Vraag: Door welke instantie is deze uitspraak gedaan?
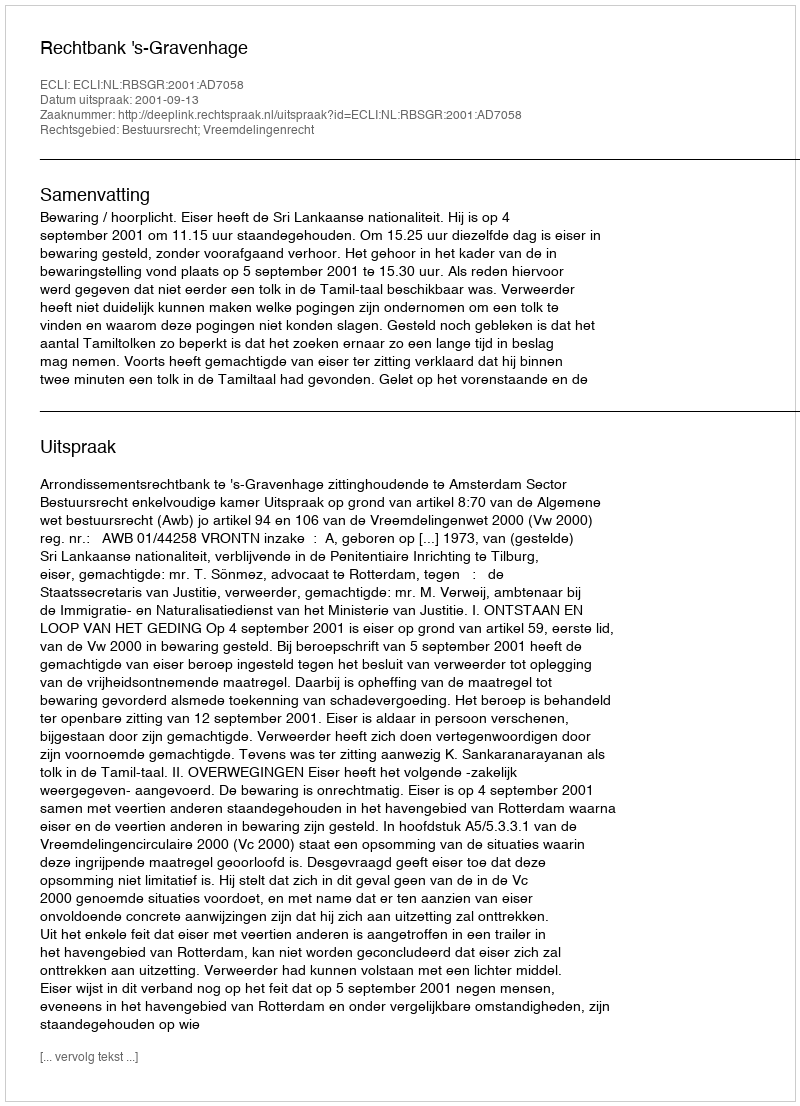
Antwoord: Rechtbank 's-Gravenhage